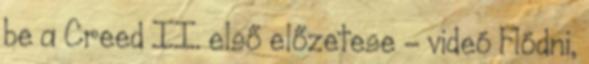
be a Creed II. első előzetese - videó Flódni,